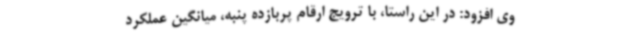
وی افزود: در این راستا، با ترویج ارقام پربازده پنبه، میانگین عملکرد